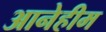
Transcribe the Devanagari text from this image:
आनेहीम